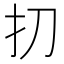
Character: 㧅